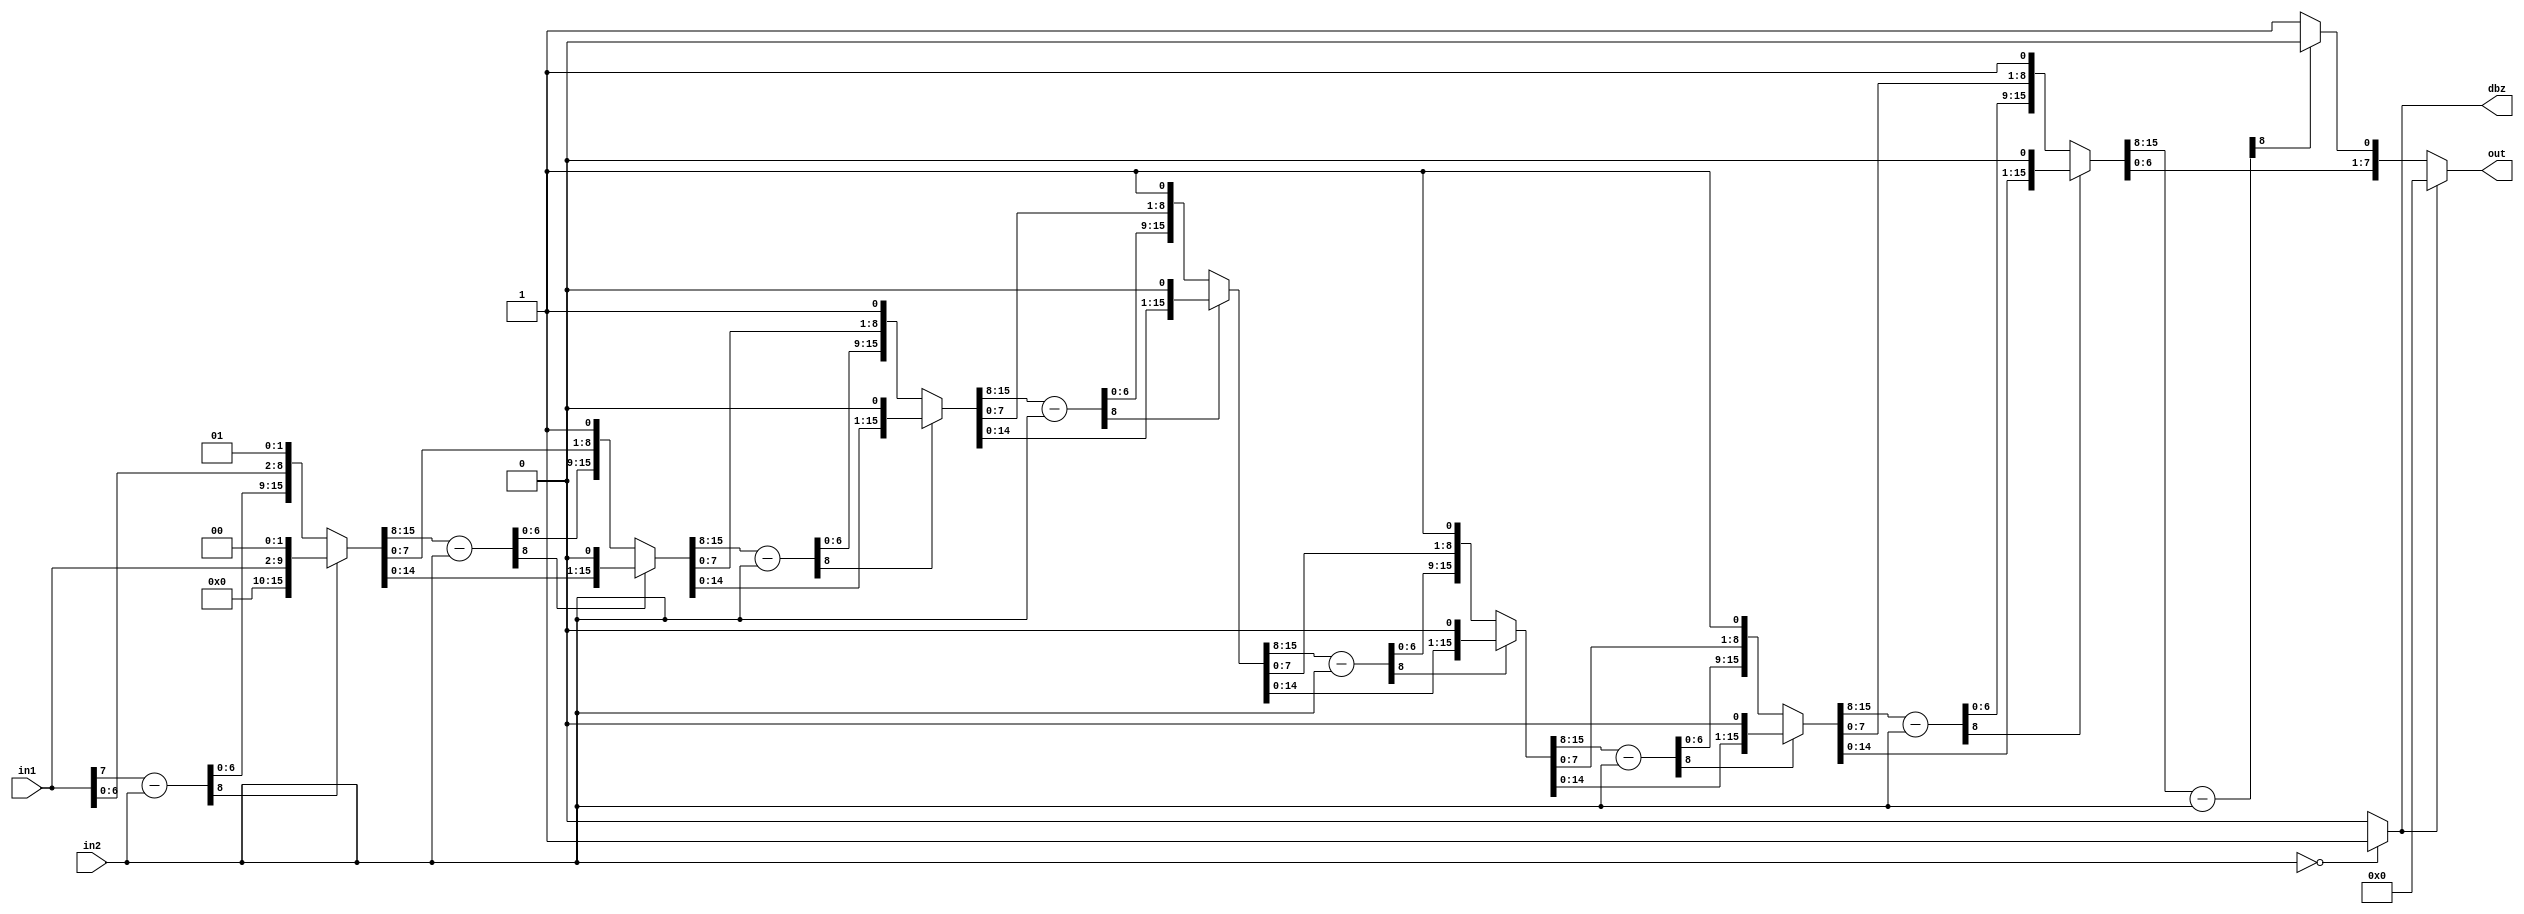
`timescale 1ns / 10ps
module div(out, in1, in2, dbz);
parameter width = 8;
input  	[width-1:0] in1; // Dividend
input  	[width-1:0] in2; // Divisor
output  [width-1:0] out; // Quotient
output dbz;


/********************************

You need to write your code at here

********************************/

wire [15:0]tmp_dividend;
wire [16:0]s_tmp_dividend;
wire [8:0]left_s_tmp_dividend;
wire [15:0]s_left_s_tmp_dividend;

wire [8:0]left_s_tmp_dividend2;
wire [15:0]s_left_s_tmp_dividend2;

wire [8:0]left_s_tmp_dividend3;
wire [15:0]s_left_s_tmp_dividend3;

wire [8:0]left_s_tmp_dividend4;
wire [15:0]s_left_s_tmp_dividend4;
wire [8:0]left_s_tmp_dividend5;
wire [15:0]s_left_s_tmp_dividend5;

wire [8:0]left_s_tmp_dividend6;
wire [15:0]s_left_s_tmp_dividend6;


wire [8:0]left_s_tmp_dividend7;
wire [15:0]s_left_s_tmp_dividend7;
wire [8:0]left_s_tmp_dividend8;
wire [15:0]s_left_s_tmp_dividend8;

wire [8:0] tmp_divisor;

assign tmp_dividend = {8'b0,in1};
assign tmp_divisor = {1'b0,in2};
assign s_tmp_dividend = {tmp_dividend[15:0],1'b0};
assign left_s_tmp_dividend = s_tmp_dividend[15:8] - tmp_divisor;
assign s_left_s_tmp_dividend = (left_s_tmp_dividend[8]!= 1'b1)  ? {left_s_tmp_dividend[6:0],s_tmp_dividend[7:0],1'b1}
                                                                : {s_tmp_dividend[14:0],1'b0};

assign left_s_tmp_dividend2 = s_left_s_tmp_dividend[15:8] - tmp_divisor;
assign s_left_s_tmp_dividend2 = (left_s_tmp_dividend2[8]!=1'b1) ? {left_s_tmp_dividend2[6:0],s_left_s_tmp_dividend[7:0],1'b1}
                                                                : {s_left_s_tmp_dividend[14:0],1'b0};

assign left_s_tmp_dividend3 = s_left_s_tmp_dividend2[15:8] - tmp_divisor;
assign s_left_s_tmp_dividend3 = (left_s_tmp_dividend3[8]!=1'b1) ? {left_s_tmp_dividend3[6:0],s_left_s_tmp_dividend2[7:0],1'b1}
                                                                : {s_left_s_tmp_dividend2[14:0],1'b0};

assign left_s_tmp_dividend4 = s_left_s_tmp_dividend3[15:8] - tmp_divisor;
assign s_left_s_tmp_dividend4 = (left_s_tmp_dividend4[8]!=1'b1) ? {left_s_tmp_dividend4[6:0],s_left_s_tmp_dividend3[7:0],1'b1}
                                                                : {s_left_s_tmp_dividend3[14:0],1'b0};

assign left_s_tmp_dividend5 = s_left_s_tmp_dividend4[15:8] - tmp_divisor;
assign s_left_s_tmp_dividend5 = (left_s_tmp_dividend5[8]!=1'b1) ? {left_s_tmp_dividend5[6:0],s_left_s_tmp_dividend4[7:0],1'b1}
                                                                : {s_left_s_tmp_dividend4[14:0],1'b0};

assign left_s_tmp_dividend6 = s_left_s_tmp_dividend5[15:8] - tmp_divisor;
assign s_left_s_tmp_dividend6 = (left_s_tmp_dividend6[8]!=1'b1) ? {left_s_tmp_dividend6[6:0],s_left_s_tmp_dividend5[7:0],1'b1}
                                                                : {s_left_s_tmp_dividend5[14:0],1'b0};
assign left_s_tmp_dividend7 = s_left_s_tmp_dividend6[15:8] - tmp_divisor;
assign s_left_s_tmp_dividend7 = (left_s_tmp_dividend7[8]!=1'b1) ? {left_s_tmp_dividend7[6:0],s_left_s_tmp_dividend6[7:0],1'b1}
                                                                : {s_left_s_tmp_dividend6[14:0],1'b0};

assign left_s_tmp_dividend8 = s_left_s_tmp_dividend7[15:8] - tmp_divisor;
assign s_left_s_tmp_dividend8 = (left_s_tmp_dividend8[8]!=1'b1) ? {left_s_tmp_dividend8[6:0],s_left_s_tmp_dividend7[7:0],1'b1}
                                                                : {s_left_s_tmp_dividend7[14:0],1'b0};


assign dbz = (in2 == 8'b0) ? 1'b1 : 1'b0;
assign out = (dbz == 1'b1) ? 8'b0 : s_left_s_tmp_dividend8[7:0];





endmodule